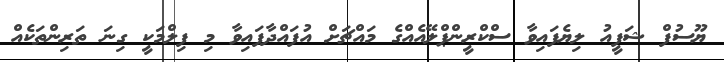
ޔޫސުފް ޝަފީއު ލިޔެފައިވާ ސްކްރީންޕްލޭއެއްގެ މައްޗަށް އުފައްދާފައިވާ މި ފިލްމަކީ ގިނަ ތަރިންތަކެއް